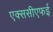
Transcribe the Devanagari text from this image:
एक्ससीएफई